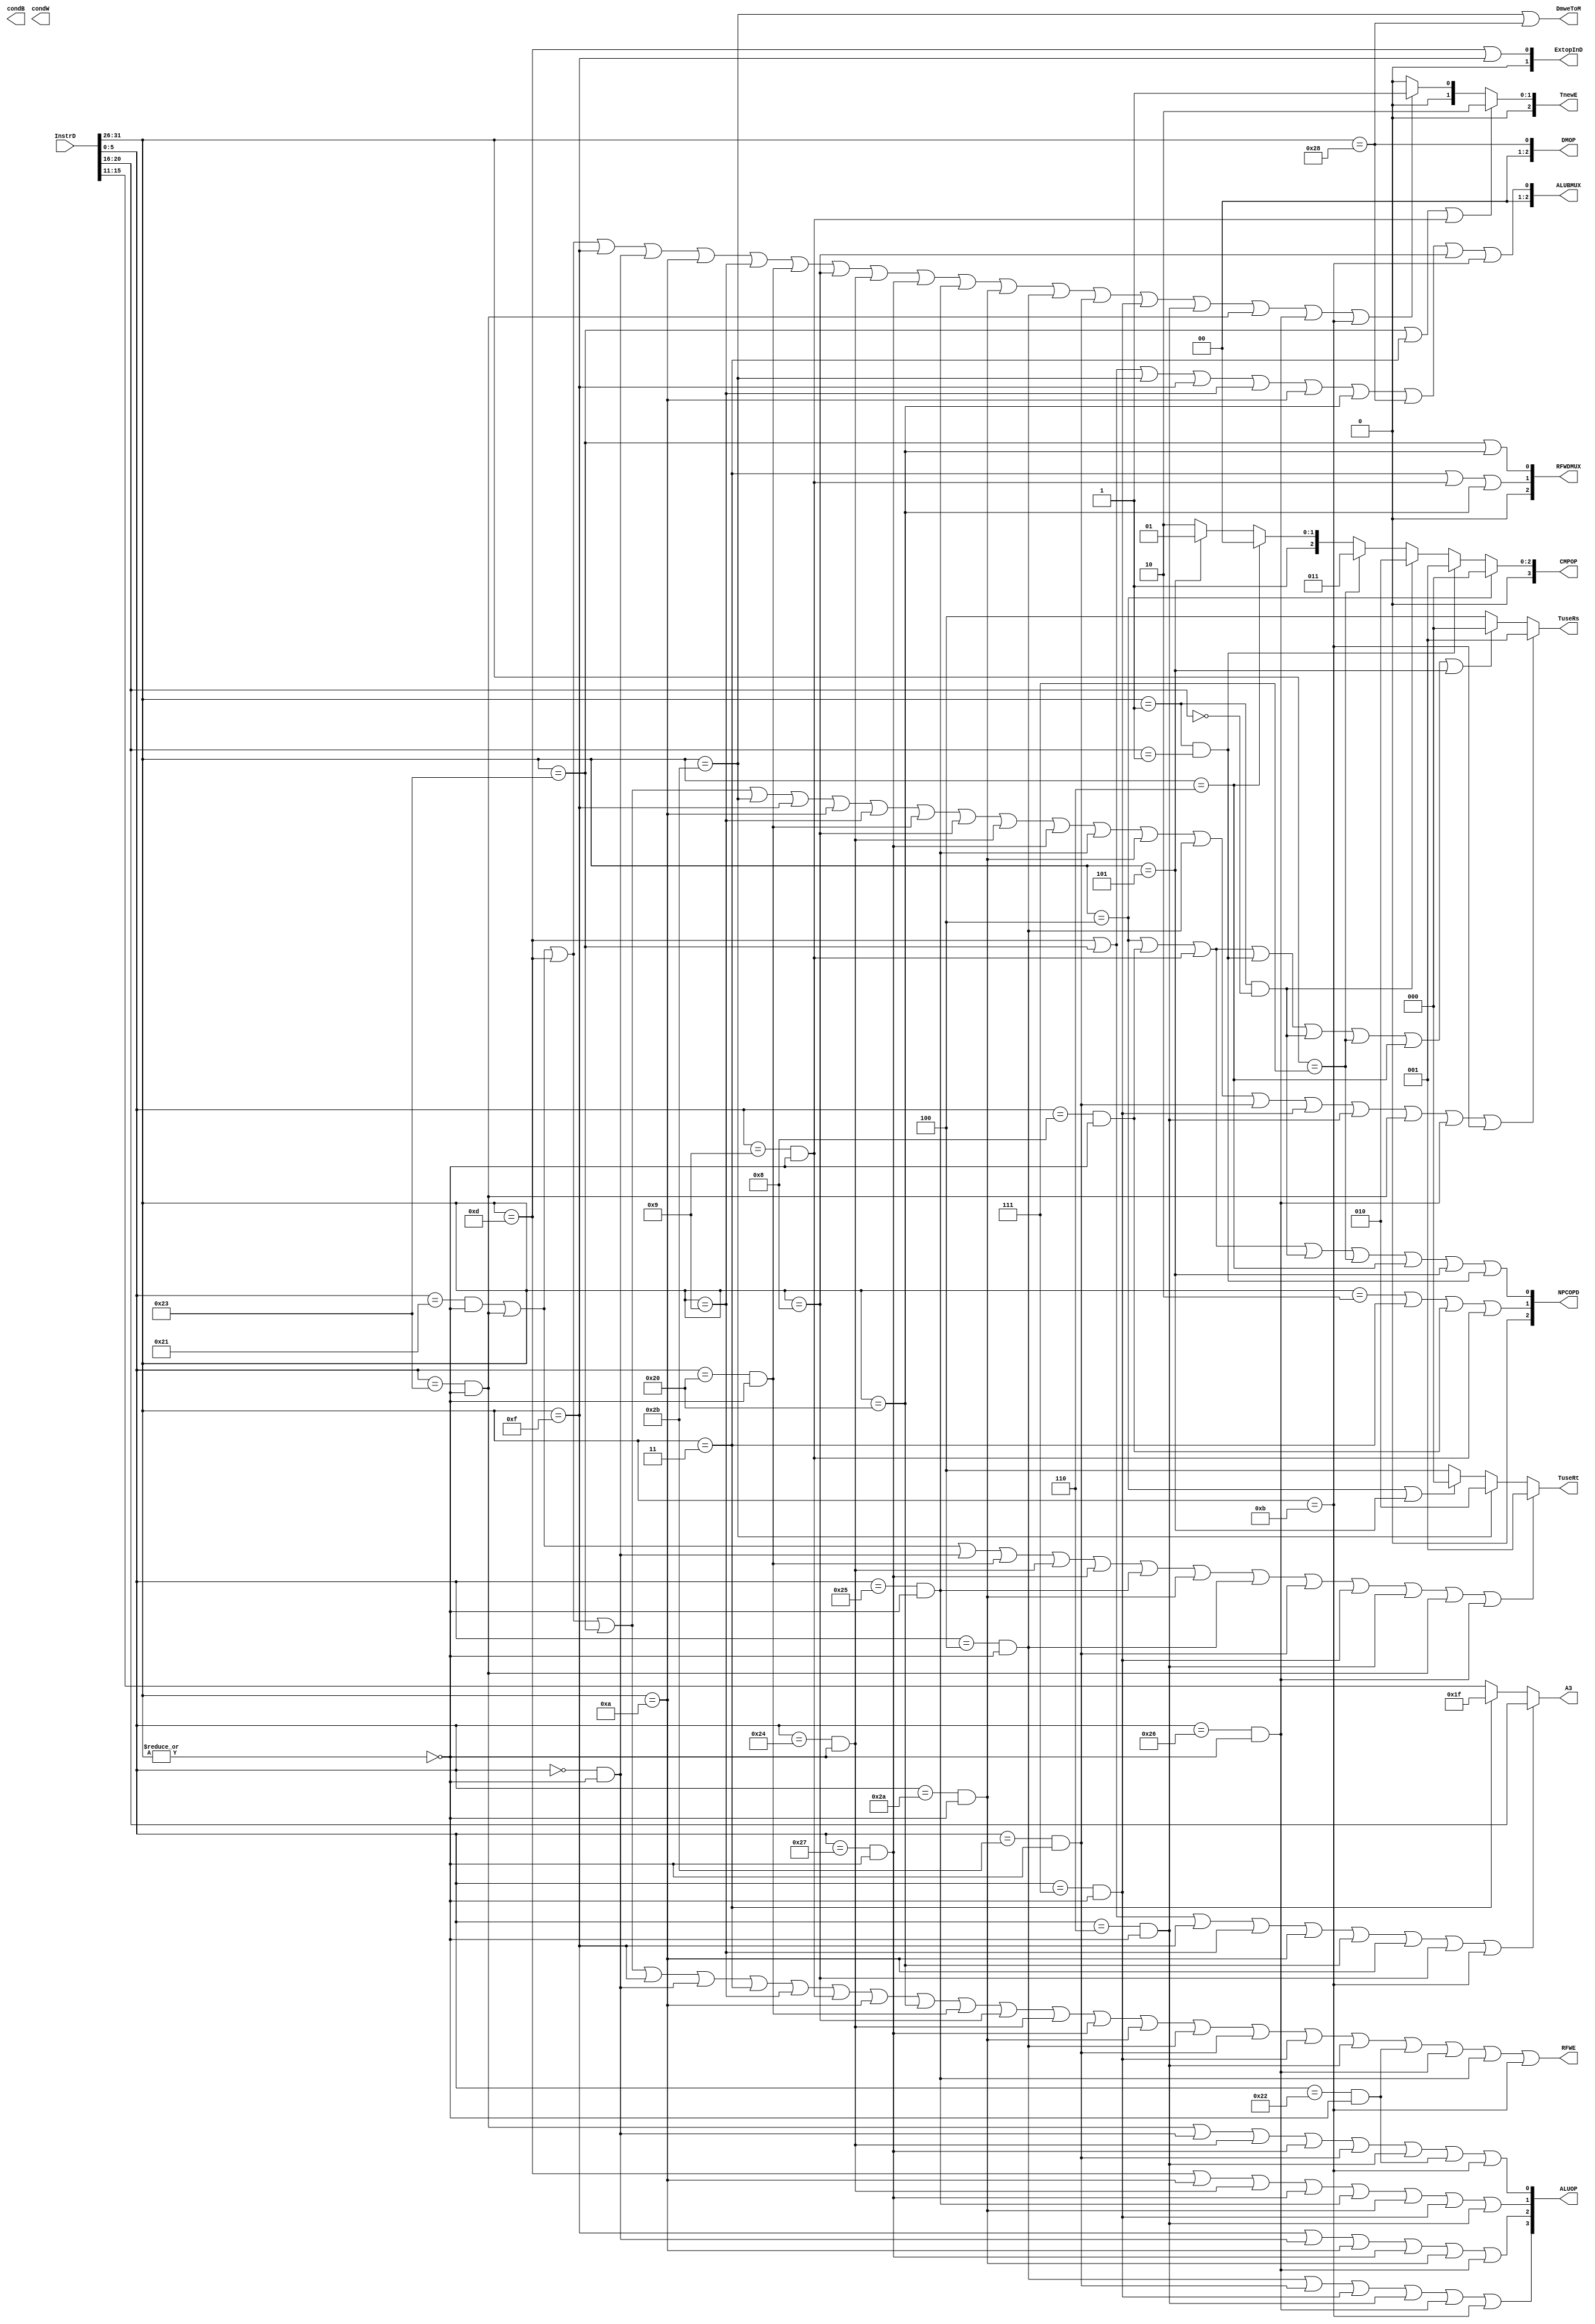
`timescale 1ns / 1ps
`define ADDU 6'b100001
`define SUBU 6'b100011
`define ORI 6'b001101
`define LW 6'b100011
`define SW 6'b101011
`define BEQ 6'b000100
`define LUI 6'b001111
`define SLL 6'b000000
`define J 6'b000010
`define JAL 6'b000011
`define JR 6'b001000
`define ADDIU 6'b001001
`define BGEZ 6'b000001
`define JALR 6'b001001
`define SLTI 6'b001010
`define LB 6'b100000
`define SB 6'b101000
`define ADD 6'b100000
`define ADDI 6'b001000
`define BLTZ 6'b000001
`define BGTZ 6'b000111
`define BLEZ 6'b000110
`define BNE 6'b000101
`define AND 6'b100100
`define NOR 6'b100111
`define OR 6'b100101
`define SLT 6'b101010
`define SLLV 6'b000100
`define SLTU 6'b101011
`define SRAV 6'b000111
`define SRLV 6'b000110
`define SUB 6'b100010
`define XOR 6'b100110
`define SLTIU 6'b001011 




module CTRL(
    input [31:0] InstrD,
    output [2:0] NPCOPD,
    output RFWE,
    output [1:0] ExtopInD,
    output DmweToM,
    output [2:0] RFWDMUX,
    output [2:0] ALUBMUX,
	output [3:0] ALUOP,
    output [2:0] DMOP,
    output reg [4:0] A3,
    output [2:0] TuseRs,
    output [2:0] TuseRt,
    output [2:0] TnewE,
    output [3:0] CMPOP,
    output condB,
    output condW     
    );


    wire R,ADDU,SUBU,ORI,LW,SW,BEQ,LUI,SLL,J,JAL,JR,ADDIU,BGEZ,JALR;
    wire SLTI,LB,SB,ADD,ADDI,BLTZ,BGTZ,BLEZ,BNE,AND,NOR,OR,SLT,SLLV;
    wire SLTU,SRAV,SRLV,SUB,XOR,SLTIU;
    wire [5:0] OPCODE,FUNC;
    assign OPCODE = InstrD[31:26];
    assign FUNC = InstrD[5:0];
    assign R = ~(|OPCODE);
    assign ADDU = (FUNC==`ADDU)&R;
    assign SUBU = (FUNC==`SUBU)&R;
    assign ORI = OPCODE==`ORI;
    assign LW = OPCODE==`LW;
    assign SW = OPCODE==`SW;
    assign BEQ = OPCODE==`BEQ;
    assign LUI = OPCODE==`LUI;
    assign SLL = (FUNC==`SLL)&R;
    assign J = OPCODE==`J;
    assign JAL = OPCODE==`JAL;
    assign JR = (FUNC==`JR)&R;
    assign ADDIU = OPCODE==`ADDIU;
    assign BGEZ = (OPCODE==`BGEZ)&&(InstrD[20:16]==1);
    assign JALR = (FUNC==`JALR)&R;
    assign SLTI = (OPCODE==`SLTI);
    assign LB = OPCODE==`LB;
    assign SB = OPCODE==`SB;
    assign ADD = (FUNC==`ADD)&R;
    assign ADDI = OPCODE==`ADDI;
    assign BLTZ = (OPCODE==`BLTZ)&&(InstrD[20:16]==0);
    assign BGTZ = OPCODE==`BGTZ;
    assign BLEZ = OPCODE==`BLEZ;
    assign BNE = OPCODE==`BNE;
    assign AND = (FUNC==`AND)&R;
    assign NOR = (FUNC==`NOR)&R;
    assign OR = (FUNC==`OR)&R;
    assign SLT = (FUNC==`SLT)&R;
    assign SLLV = (FUNC==`SLLV)&R;
    assign SLTU = (FUNC==`SLTU)&R;
    assign SRAV = (FUNC==`SRAV)&R;
    assign SRLV = (FUNC==`SRLV)&R;
    assign SUB = (FUNC==`SUB)&R;
    assign XOR = (FUNC==`XOR)&R;
    assign SLTIU = OPCODE==`SLTIU;

    //A3
    always @(*) begin
        if (ORI|LW|LUI|ADDIU|SLTI|LB|SLTI|ADDI|SLTIU) begin
            A3 = InstrD[20:16];
        end
        else if (JAL) begin
            A3 = 31;
        end
        else begin
            A3 = InstrD[15:11];
        end
    end

    //NPCOPD
    assign NPCOPD[2] = 0;
    assign NPCOPD[1] = 0|J|JAL|JR|JALR;
    assign NPCOPD[0] = 0|BEQ|JR|JALR|BLTZ|BGTZ|BLEZ|BNE|BGEZ;

    //RFWE
    assign RFWE = 0|ADDU|SUBU|ORI|LW|LUI|SLL|JAL|ADDIU|JALR|SLTI|LB|ADD|ADDI|AND|NOR|SLT|SLLV|SLTU|SRAV|SRLV|SUB|XOR|OR|SLTIU;

    //ExtopInD
    assign ExtopInD[1] = 0;
    assign ExtopInD[0] = 0|ORI|LUI;

    //DmweToM
    assign DmweToM = 0|SW|SB;

    //RFWDMUX
    assign RFWDMUX[2] = 0;
    assign RFWDMUX[1] = 0|JAL|JALR|LB;
    assign RFWDMUX[0] = 0|LW|LB;

    //ALUBMUX
    assign ALUBMUX[2] = 0;
    assign ALUBMUX[1] = 0;
    assign ALUBMUX[0] = 0|ORI|LW|SW|LUI|ADDIU|SLTI|LB|SB|ADDI|SLTIU;
	 
	 //ALUOP
	assign ALUOP[3] = 0|SLLV|SLTU|SRAV|SRLV|XOR|SLTIU;
	assign ALUOP[2] = 0|LUI|SLL|SLTI|NOR|SLT|XOR;
	assign ALUOP[1] = 0|ORI|SLTI|AND|NOR|OR|SLT|SRAV|SRLV;
	assign ALUOP[0] = 0|SUBU|SLL|AND|NOR|SLTU|SRLV|SUB|SLTIU;

     //DMOP
     assign DMOP[2] = 0;
     assign DMOP[1] = 0;
     assign DMOP[0] = 0|SB;

    //CMPOP
    assign CMPOP= (BEQ)?0:
                  (BGEZ)?1:
                  (BLTZ)?2:
                  (BGTZ)?3:
                  (BLEZ)?4:
                  (BNE)?5:6;

    assign TuseRs = (ADDU|SUBU|ORI|LW|SW|LUI|SLTI|ADDIU|ADD|ADDI|AND|NOR|OR|SLT|SLLV|SLTU|SRAV|SRLV|SUBU|XOR|SLTIU)?1:
                    (BEQ|JR|JALR|BGEZ|BLTZ|BGTZ|BLEZ|BNE)?0:4;
    
    assign TuseRt = (ADDU|SUBU|SLL|ADD|AND|NOR|OR|SLT|SLLV|SLTU|SRAV|SRLV|SUBU|XOR)?1:
                    (SW)?2:
                    (BEQ|BNE)?0:4;
    assign TnewE = (LW|JAL|JALR)?2:
                    (ADDU|SUBU|ORI|LUI|SLL|SLTI|ADDIU|ADD|ADDI|AND|NOR|OR|SLT|SLLV|SLTU|SRAV|SRLV|SUBU|XOR|SLTIU)?1:0;

endmodule